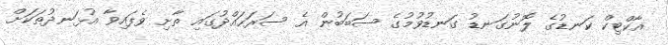
އާކްޓިކް ކަނޑުގެ ލޮނުގަނޑު ގަނޑުވުމުގެ ސަބަބުން އެ ސަރަހައްދުގައި ތާށި ވެފައިވާ އުޅަނދުތަކަށް